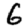
Digit: 6